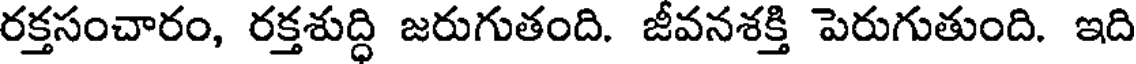
రక్తసంచారం, రక్తశుద్ధి జరుగుతంది. జీవనశక్తి పెరుగుతుంది. ఇది